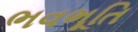
ભવભૂતિ